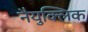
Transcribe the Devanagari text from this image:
नैयुक्लिक